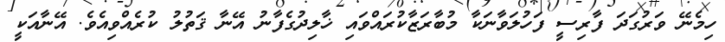
ހިމެނޭ ވަރުގަދަ ފާރިސީ ފަހުލަވާނަކާ މުބާރަޒާކުރައްވައި ޚާލިދުގެފާނު އޭނާ ޤަތުލު ކުރެއްވިއެވެ. އޭނާއަކީ